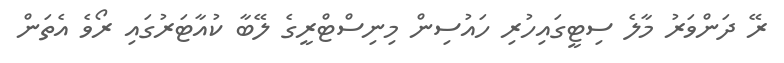
ރޭ ދަންވަރު މާލެ ސިޓީގައިހުރި ހައުސިން މިނިސްޓްރީގެ ލޭބާ ކުއާޓަރުގައި ރޯވެ އެތަން